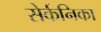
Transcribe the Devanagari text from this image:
सेर्कनिका